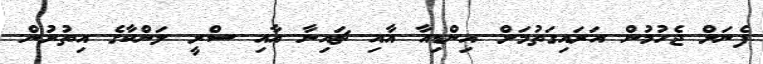
ފެނަށް ޖެހުމުން އަރައިގަތުމަށް އިންޑިއާ އާއި ޗައިނާ އާއި ސްރީ ލަންކާގެ އިތުރުން